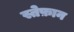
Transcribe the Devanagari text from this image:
स्तेफ़ान